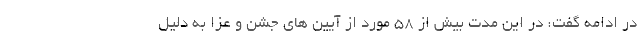
در ادامه گفت: در این مدت بیش از ۵۸ مورد از آیین های جشن و عزا به دلیل